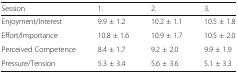
| Session | 1. | 2. | 3. |
 | --- | --- | --- | --- |
 | Enjoyment/Interest | 9.9 ± 1.2 | 10.2 ± 1.1 | 10.5 ± 1.8 |
 | Effort/Importance | 10.8 ± 1.6 | 10.9 ± 1.7 | 10.5 ± 2.0 |
 | Perceived Competence | 8.4 ± 1.7 | 9.2 ± 2.0 | 9.9 ± 1.9 |
 | Pressure/Tension | 5.3 ± 3.4 | 5.6 ± 3.6 | 5.1 ± 3.3 |